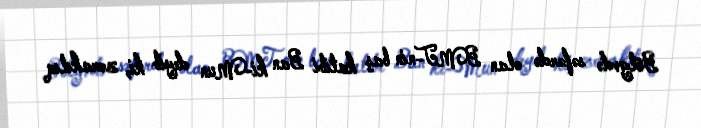
Bölgədə səfərdə olan BMT-nin baş katibi Ban ki-Mun deyib ki, zorakılıq